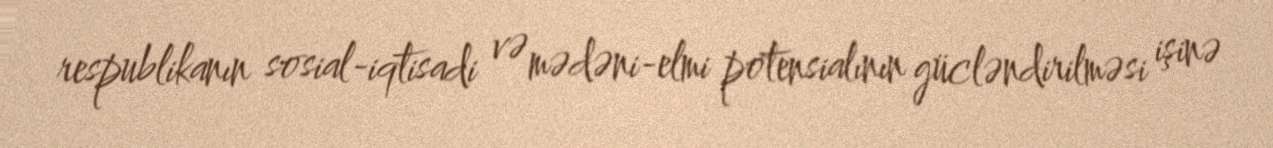
respublikanın sosial-iqtisadi və mədəni-elmi potensialının gücləndirilməsi işinə